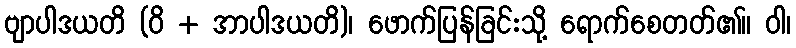
ဗျာပါဒယတိ (ဝိ + အာပါဒယတိ)၊ ဖောက်ပြန်ခြင်းသို့ ရောက်စေတတ်၏။ ဝါ၊